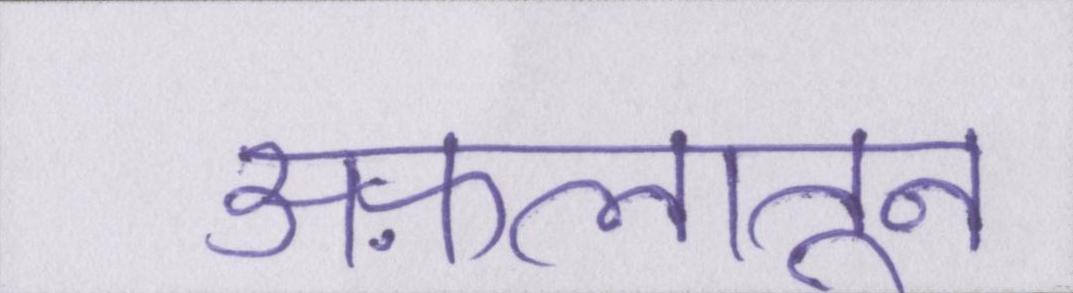
अफ़लातून